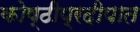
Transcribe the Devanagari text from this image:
कोष्ठीप्रदीपात